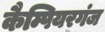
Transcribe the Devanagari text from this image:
कैम्पियरगंज